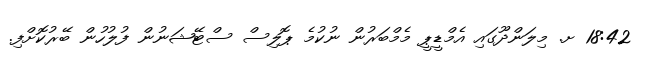
18:42 ށ. މިލަންދޫގައި އެމްޑީޕީ މެމްބަރުން ނުކުމެ ޕޮލިސް ސްޓޭޝަނުން ފުލުހުން ބޭރުކޮށްފި.